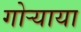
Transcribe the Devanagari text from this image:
गोऱ्याया